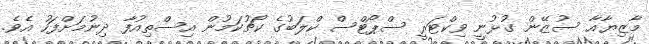
މާޒިޔާއާ ސުޒޭން ގުޅުނީ ވިކްޓަރީ ސްޕޯޓްސް ކްލަބުގެ ކޯޗުކަމުން އިސްތިއުފާ ދިނުމަށްފަހު އެވެ.